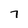
Character: 7